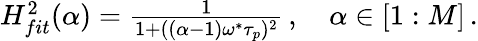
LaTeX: \begin{array}{r}{H_{fit}^{2}(\alpha)=\frac{1}{1+((\alpha-1)\omega^{*}\tau_{p})^{2}}\, ,\quad\alpha\in[1:M]\, .}\end{array}